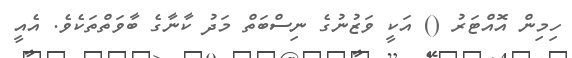
ހިމިން އޮއްޓަރު () އަކީ ވަޒުނުގެ ނިސްބަތް މަދު ކާނާގެ ބާވަތްތަކެވެ. އެއީ